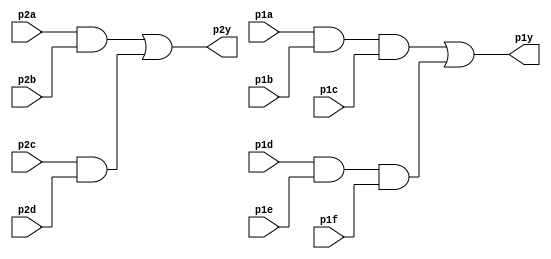
module top_module ( 
    input p1a, p1b, p1c, p1d, p1e, p1f,
    output p1y,
    input p2a, p2b, p2c, p2d,
    output p2y );
wire w,x,y,z;
    assign w = (p1a&p1b)&(p1c);
    assign x = (p1d&p1e&p1f);
    assign y = (p2a&p2b);
    assign z = (p2c&p2d);
    assign p1y = (w|x);
    assign p2y = (y|z);

endmodule